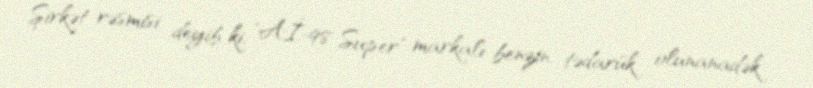
Şirkət rəsmisi deyib ki, "Aİ-98 Super" markalı benzin tədarük olunanadək